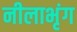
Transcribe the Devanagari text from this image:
नीलाभृंग